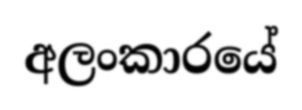
අලංකාරයේ